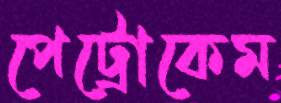
পেট্রোকেম